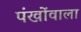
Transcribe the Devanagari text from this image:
पंखोंवाला